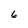
Character: 6